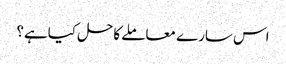
اس سارے معاملے کاحل کیاہے؟